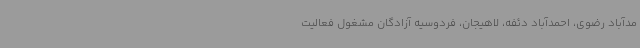
مدآباد رضوی، احمدآباد دئفه، لاهیجان، فردوسیه آزادگان مشغول فعالیت